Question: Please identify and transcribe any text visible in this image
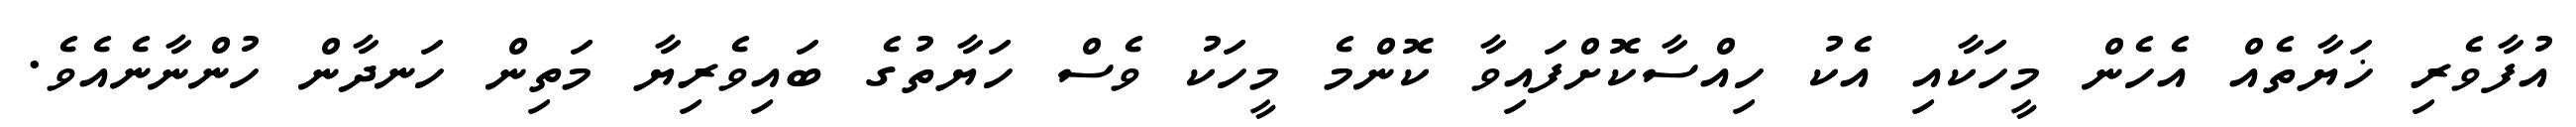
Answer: އުފާވެރި ޚަޔާތެއް އެހެން މީހަކާއި އެކު ހިއްސާކޮށްފައިވާ ކޮންމެ މީހަކު ވެސް ހަޔާތުގެ ބައިވެރިޔާ މަތިން ހަނދާން ހުންނާނެއެވެ.